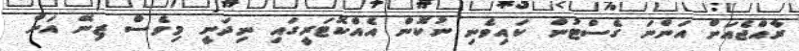
ރާއްޖެއަށް އަންނަ ގެސްޓުން ކައިވެނި ނުކޮން އެއްކޮޓަރީގައި ނިދަނީ މިވެސް ޒިނޭ އަށް